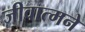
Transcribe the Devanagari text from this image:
जीवात्मने